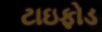
ટાઇફોડ